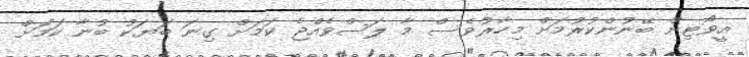
އީވޯޓިން ބޭނުންކުރުމަށް މިހާރުވެސް މާ ލަސްވެއްޖެ ކަމަށް ގިނަ ބަޔަކު ބުނާ ކަމަށް